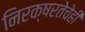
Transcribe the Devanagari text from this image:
निरक्षरतेचेही